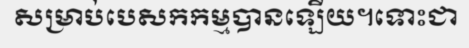
សម្រាប់បេសកកម្មបានឡើយ។ទោះជា